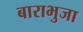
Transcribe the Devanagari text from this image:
बाराभुजा